Vaccination Hyderabad 1872-1889 - 1872-1889
Year: 1872
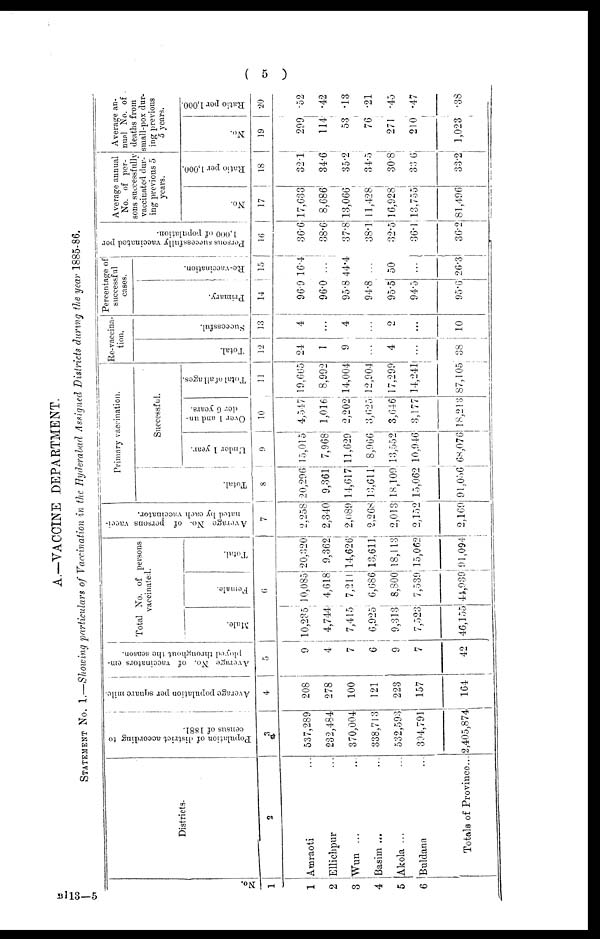
( 5
)
A.—VACCINE DEPARTMENT.
STATEMENT NO. 1.—Showing particulars of Vaccination in the Hyderabad Assigned Districts during the year 1885-86.
No.
1
1
2
3
4
5
6
Districts.
2
Amraoti ...
Ellichpur
Wun ... ...
Basim ... ...
Akola ... ...
Buldana ...
Totals of Province...
Population of district according to
census of 1881.
3
537,289
232,484
370,004
338,713
532,593
394,791
2,405,874
Average population per square mile.
4
208
278
100
121
223
157
164
Average No. of vaccinators em-
ployed throughout the season.
5
9
4
7
6
9
7
42
Total No. of persons
vaccinated.
Male.
Female.
Total.
6
10,235
4,744
7,415
6,925
9,313
7,523
46,155
10,085
4,618
7,211
6,686
8,800
7,539
44,939
20,320
9,362
14,626
13,611
18,113
15,062
91,094
Average No. of persons vacci-
nated by each vaccinator.
7
2,258
2,340
2,089
2,268
2,013
2,152
2,169
Primary vaccination.
Total.
8
20,296
9,361
14,617
13,611
18,109
15,062
91,056
Successful.
Under 1 year.
9
15,015
7,968
11,629
8,966
13,552
10,946
68,076
Over 1 and un-
der 6 years.
10
4,547
1,016
2,202
3,625
3,646
3,177
18,213
Total of all ages.
11
19,665
8,992
14,004
12,904
17,299
14,241
87,105
Re-vaccina-
tion.
Total.
12
24
1
9
...
4
...
38
Successful.
13
4
...
4
...
2
...
10
Percentage of
successful
cases.
Primary.
14
96.9
96.0
95.8
94.8
95.5
94.5
95.6
Re-vaccination.
15
16.4
...
44.4
...
50
...
26.3
Persons successfully vaccinated per
1,000 of population.
16
36.6
38.6
37.8
38.1
32.5
36.1
36.2
Average annual
No. of per-
sons successfully
vaccinated dur-
ing previous 5
years.
No.
17
17,633
8,686
13,066
11,428
16,928
13,755
81,496
Ratio per 1,000.
18
32.1
34.6
35.2
34.5
30.8
33.6
33.2
Average an-
nual No. of
deaths from
small-pox dur-
ing previous
5 years.
No.
19
299
114
53
76
271
210
1,023
Ratio per 1,000.
20
.52
.42
.13
.21
.45
.47
.38
B113—5